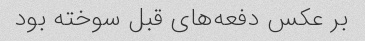
بر عکس دفعه‌های قبل سوخته بود